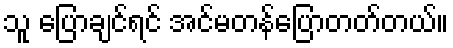
သူ ပြောချင်ရင် အင်မတန်ပြောတတ်တယ်။